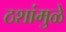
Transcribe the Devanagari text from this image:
ठशांमुळे